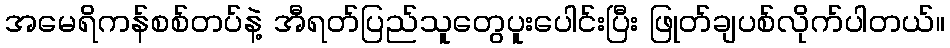
အမေရိကန်စစ်တပ်နဲ့ အီရတ်ပြည်သူတွေပူးပေါင်းပြီး ဖြုတ်ချပစ်လိုက်ပါတယ်။